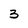
Character: 3